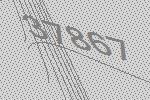
37867